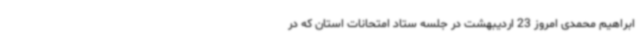
ابراهیم محمدی امروز 23 اردیبهشت در جلسه ستاد امتحانات استان که در